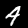
Digit: 4